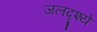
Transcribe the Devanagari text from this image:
जलदृश्ये